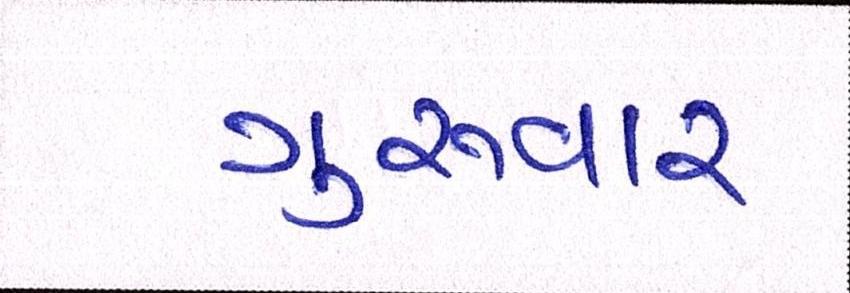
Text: ગુરુવાર